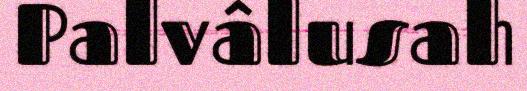
Palvâlusah